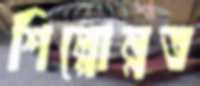
শিল্পোন্নত